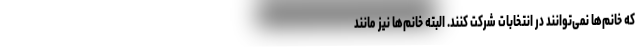
که خانم‌ها نمی‌توانند در انتخابات شرکت کنند. البته خانم‌ها نیز مانند